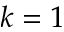
k = 1